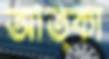
আত্কা